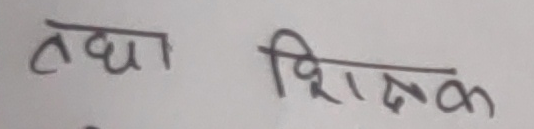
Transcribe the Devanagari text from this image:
तथा शिक्षक